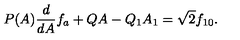
P ( A ) \frac { d } { d A } f _ { a } + Q A - Q _ { 1 } A _ { 1 } = \sqrt { 2 } f _ { 1 0 } .